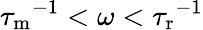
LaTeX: {\tau_{\mathrm{m}}}^{-1}<\omega<{\tau_{\mathrm{r}}}^{-1}